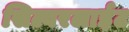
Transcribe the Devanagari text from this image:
सिल्वरलाईट